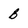
Character: B